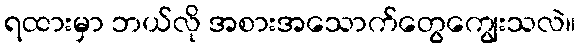
ရထားမှာ ဘယ်လို အစားအသောက်တွေကျွေးသလဲ။